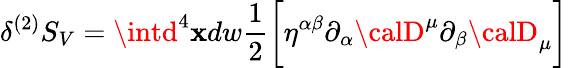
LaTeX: \delta^{(2)}S_{V}=\intd^{4}\mathbf{x}dw\frac{{1}}{{2}}\biggl[\eta^{\alpha\beta}\partial_{\alpha}{\calD}^{\mu}\partial_{\beta}{\calD}_{\mu}\biggr]